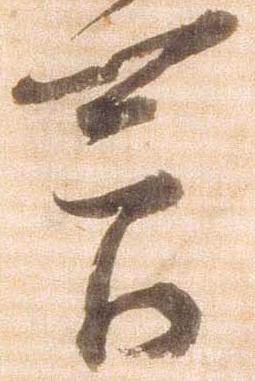
節